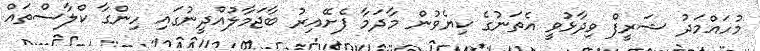
މުހައްމަދު ޝަރީފް ވިދާޅުވީ އެތަނުގެ ކިޔެވުން މާދަމާ ފެށޭއިރު ބާޖަމާލުއްދީނުގައި ހިންގާ ކްލާސްތައް